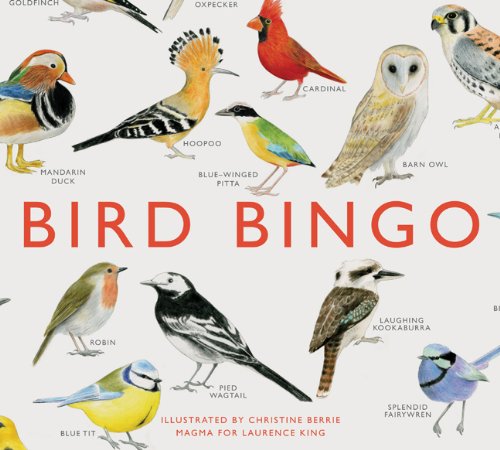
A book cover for Bird Bingo; Science & Math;